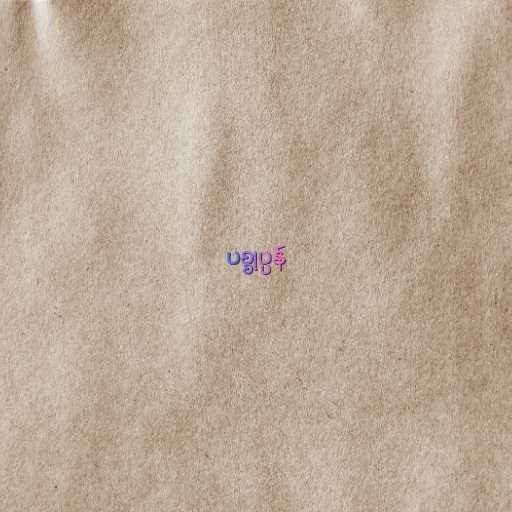
ပစ္စုပ္ပန်